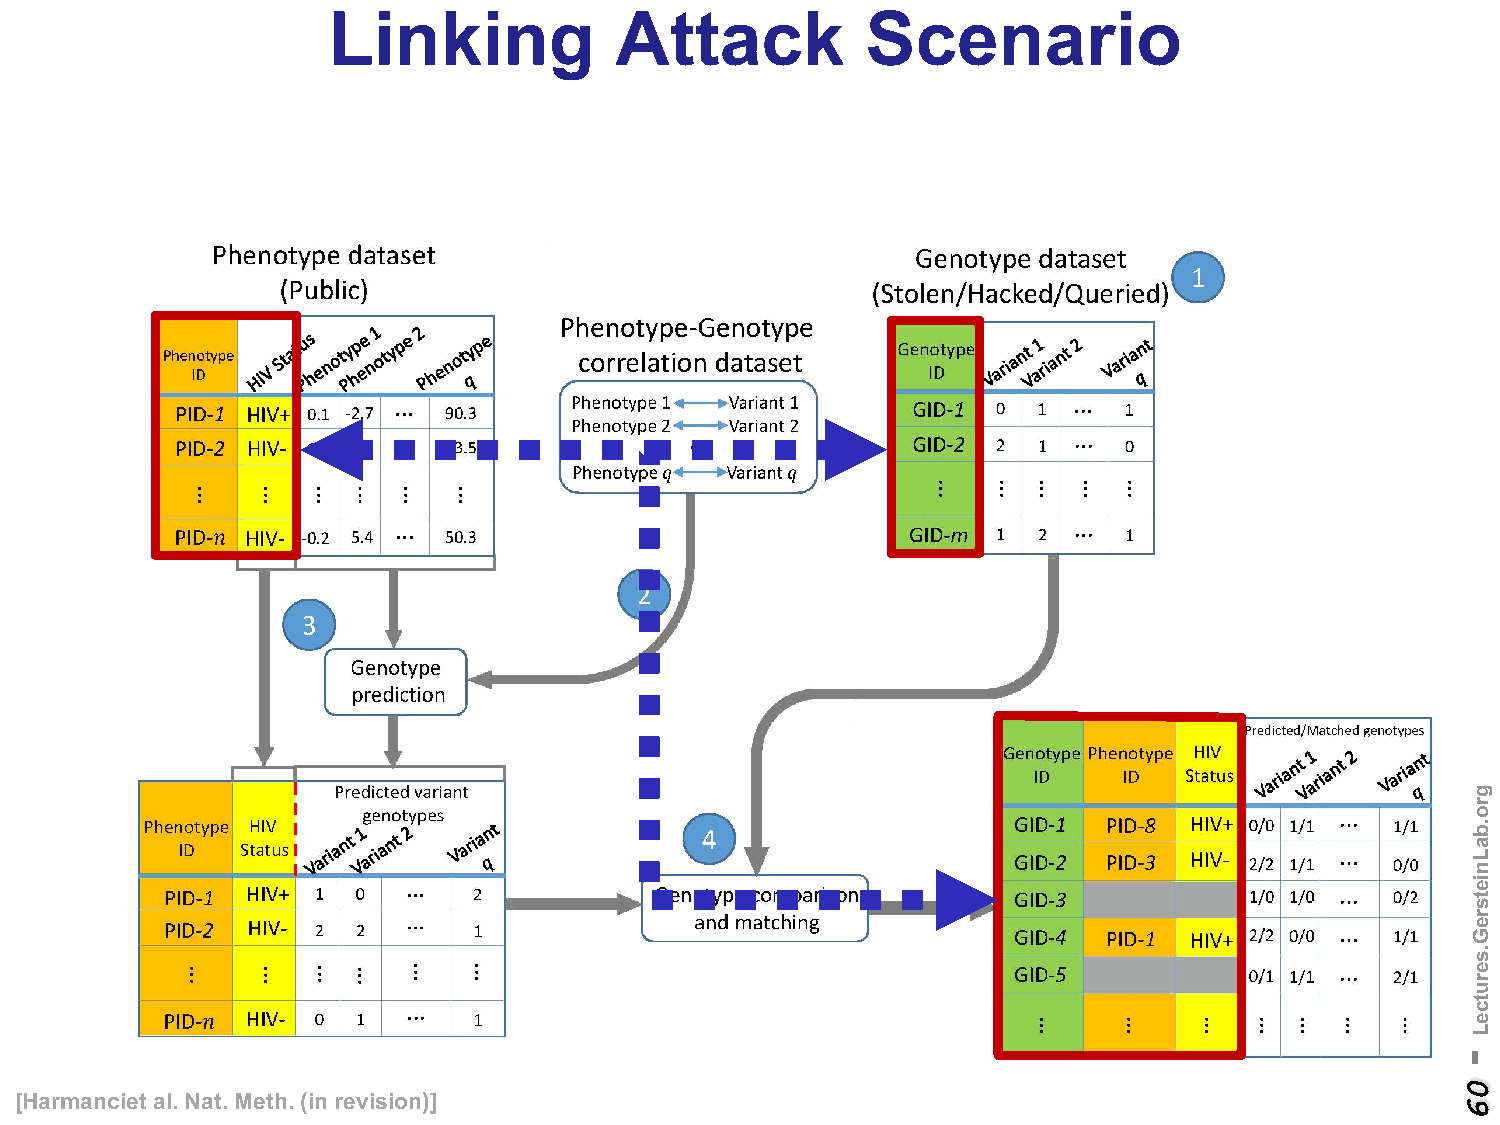
Linking            Attack          Scenario
 [Harmanciet al. Nat. Meth. (in revision)]
 -
 06
 gro.baLnietsreG.serutceL